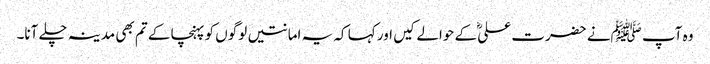
وہ آپ ﷺنے حضرت علیؓ کے حوالے کیں اور کہا کہ یہ امانتیں لوگوں کو پہنچا کے تم بھی مدینہ چلے آنا۔